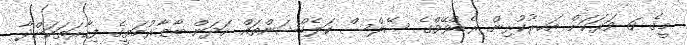
މީގެ 6 ވަރަކަށް އަހރުކުރިން ރެޑްވޭވްގެ ސޭލްސް ކަލެކްޝަންތައް ހަދަން ބާޒާރުމަތީގެ ފިހާރަތަކަށްދާ